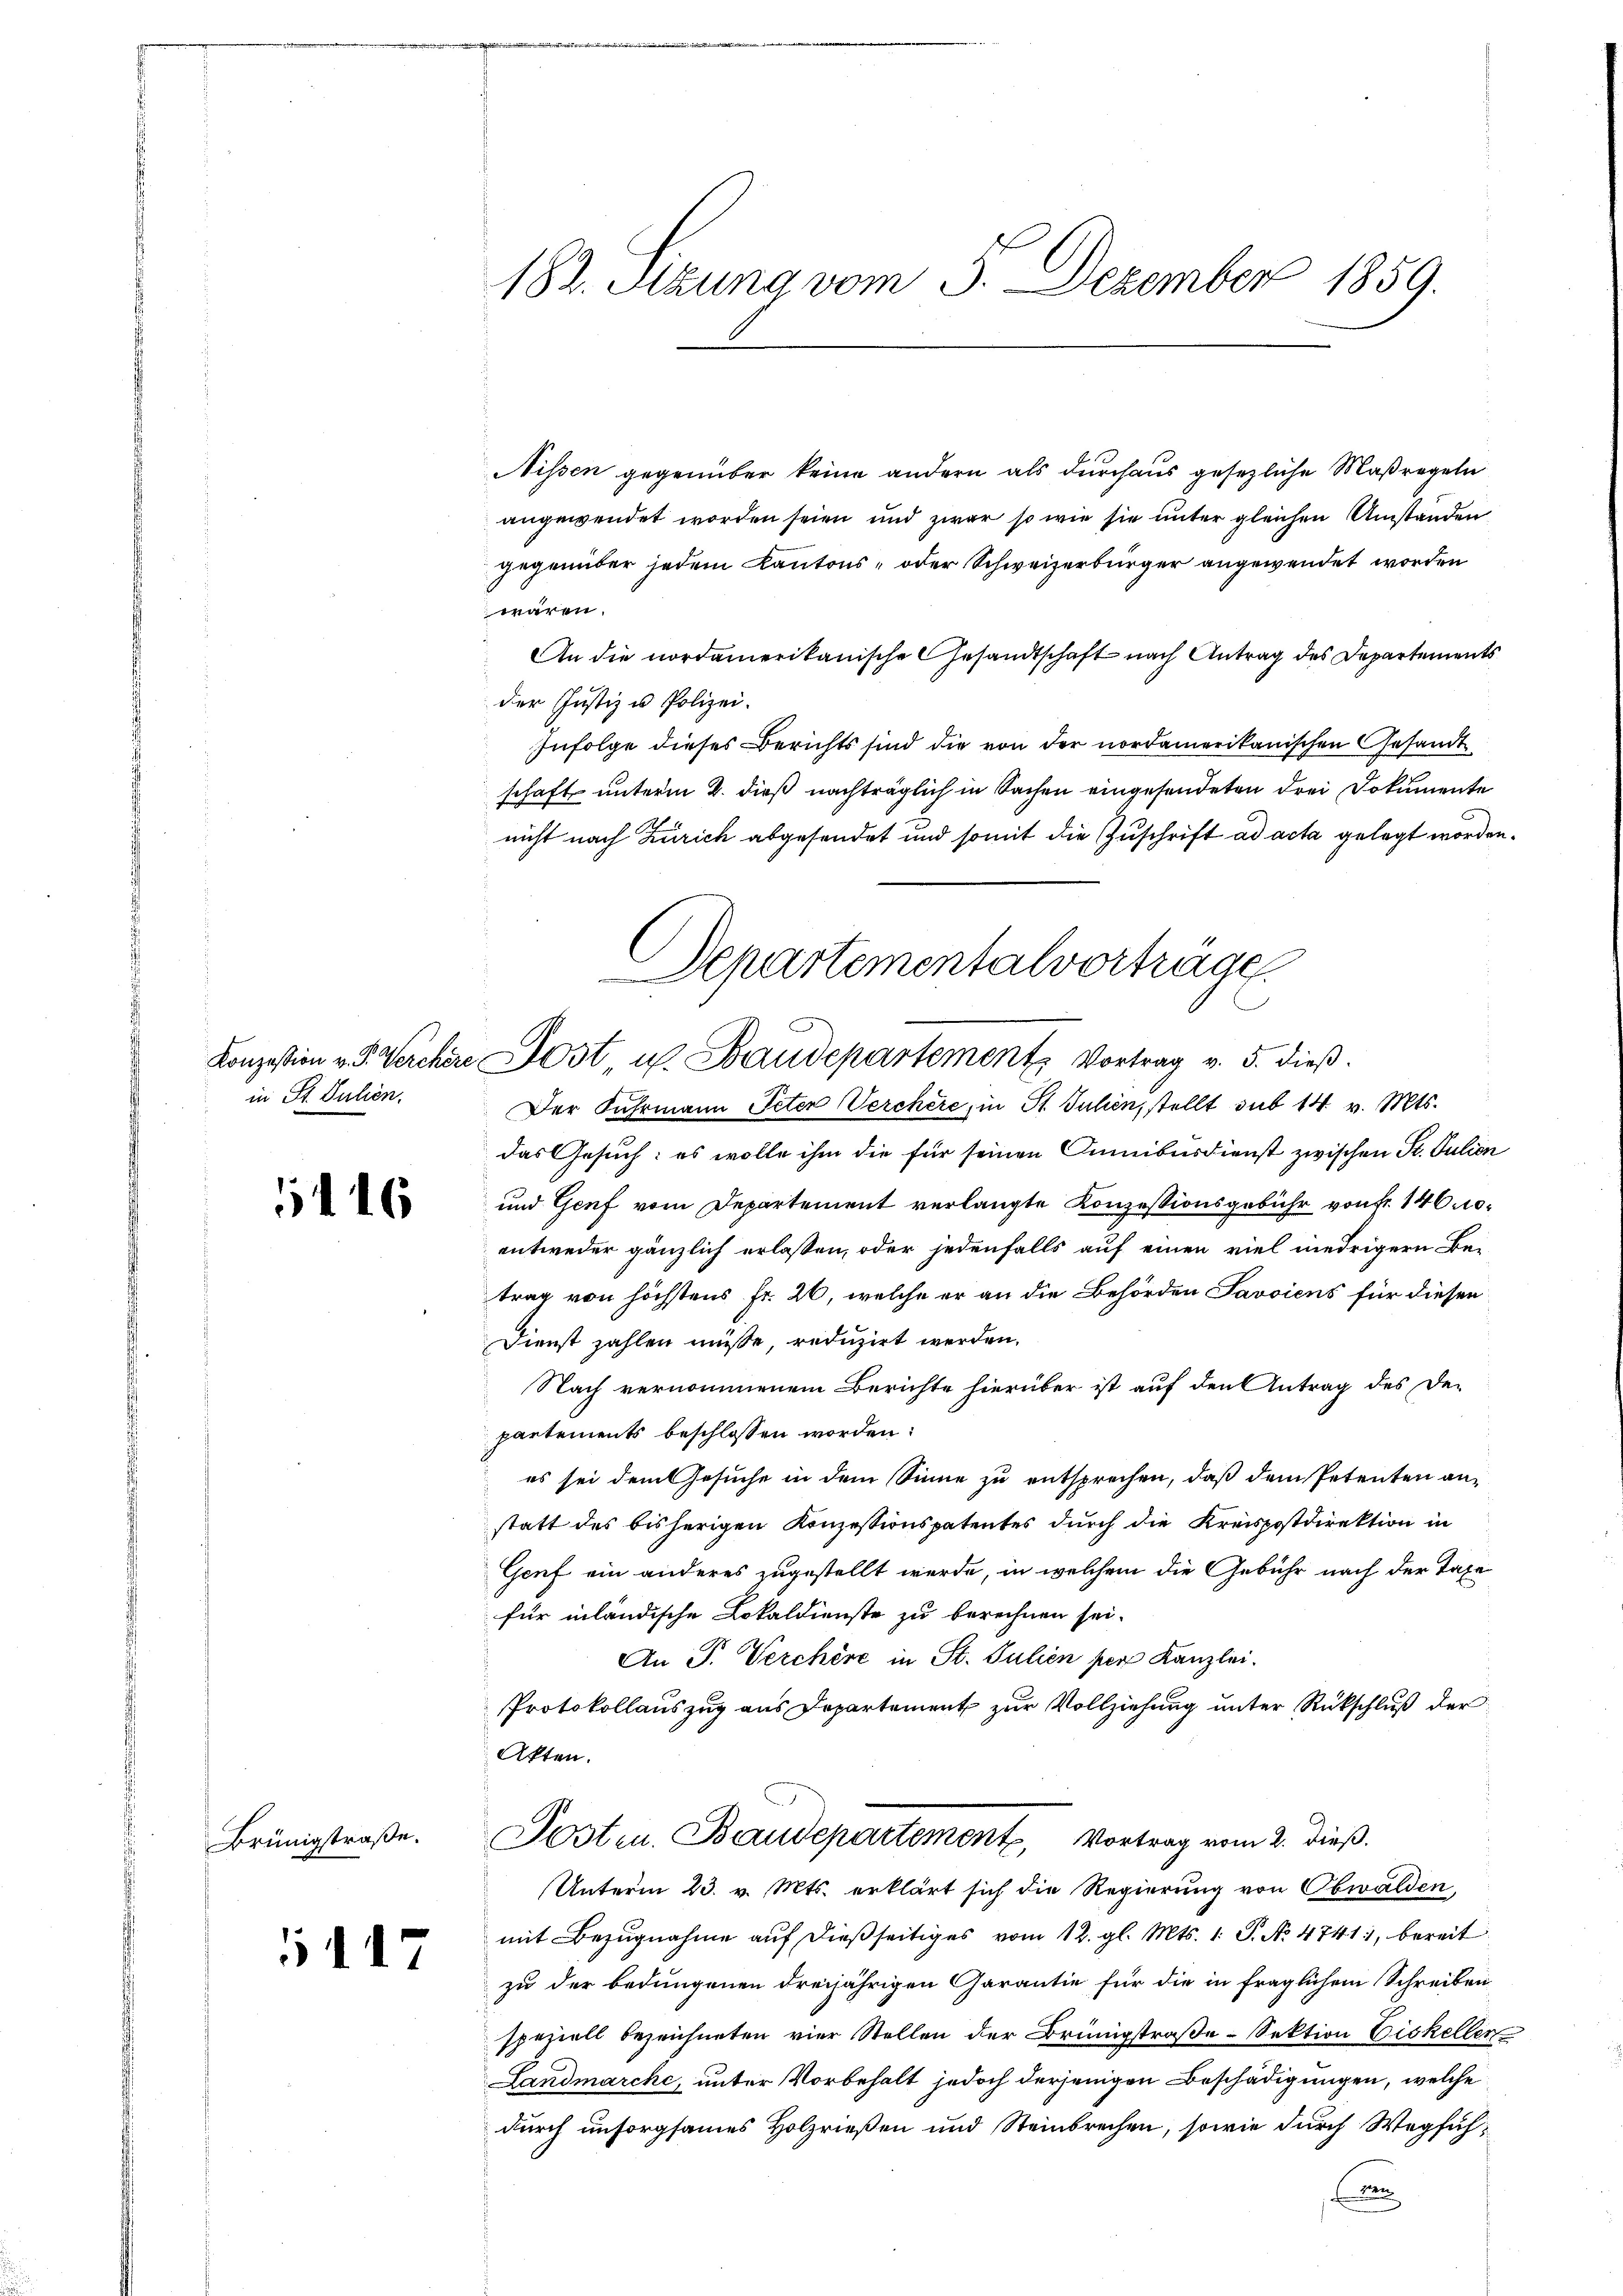
in St. Julien.

6

Brünigstraße.

117

i

182. Sitzung vom 3. Dezember 1859.

Nissen gegenüber keine andern als durchaus gesezliche Maßregeln
angewendet worden seien und zwar so wie sie unter gleichen Umständen
gegenüber jedem Kantons- oder Schweizerbürger angewendet worden
wären.
An die nordamerikanische Gesandtschaft nach Antrag des Departements
der Justiz u. Polizei.
Infolge dieses Berichts sind die von der nordamerikanischen Gesandt
schaft unterm 2. dieß nachträglich in Sachen eingesendeten drei Dokumente
nicht nach Zürich abgesendet und somit die Zuschrift ad acta gelegt worden.
Der Fahrmann Peten Verchère, in St. Julien, stellt sub 14 v. Mts.
das Gesuch: es wolle ihm die für seinen Cumibusdienst zwischen St. Julion
und Genf vom Departement verlangte Konzessionsgebühr von fr. 146 noentweder gänzlich erlaßen, oder jedenfalls auf einen viel niedrigern Be-
trag von höchstens Fr. 26, welche er an die Behörden Savoiens für diesen
Dienst zahlen müsse, reduzirt werden.
Nach vernommenem Berichte hierüber ist auf den Antrag des De-
partements beschlossen worden:
es sei dem Gesuche in dem Sinne zu entsprechen, daß dem Petenten anstatt des bisherigen Konzessionspatentes durch die Kreispostdirektion in
Genf ein anderes zugestellt werde, in welchem die Gebühr nach der Taxe
für inländische Lokaldienste zu berechnen sei.
An P. Verchère in St. Julien per Kanzlei.
Protokollauszug aus Departement zur Vollziehung unter Rückschluß der
Akten.
Posten. Baudepartement, Vortrag vom 2. dieß.
Unterm 23. v. Mts. erklärt sich die Regierung von Obwalden,
mit Bezugnahme auf dießseitiges vom 12. gl. Mts. 1. P. No. 47411, bereit
zu der bedungenen dreijährigen Garantie für die in fraglichem Schreiben
speziell bezeichneten vier Stellen der Brünigstraße - Sektion Eiskellen
Landmarche, unter Vorbehalt jedoch derjenigen Beschädigungen, welche
durch unsorgsames Holzrießen und Steinbrechen, sowie durch Wegfühe

Departementalvorträge
Konzession v. J. Werchere Post u. Baudepartement Vortrag v. 5. dieβ.